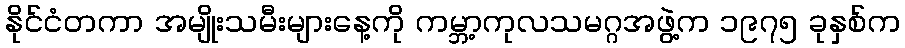
နိုင်ငံတကာ အမျိုးသမီးများနေ့ကို ကမ္ဘာ့ကုလသမဂ္ဂအဖွဲ့က ၁၉၇၅ ခုနှစ်က